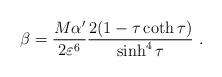
LaTeX: \begin{align*}\beta = \frac{M \alpha'}{2\varepsilon^6} \frac{2 (1 -\tau \coth \tau)}{\sinh^4 \tau} \ .\end{align*}